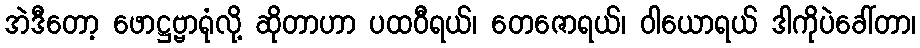
အဲဒီတော့ ဖောဋ္ဌဗ္ဗာရုံလို့ ဆိုတာဟာ ပထဝီရယ်၊ တေဇောရယ်၊ ဝါယောရယ် ဒါကိုပဲခေါ်တာ၊